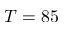
T = 8 5